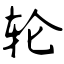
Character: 轮